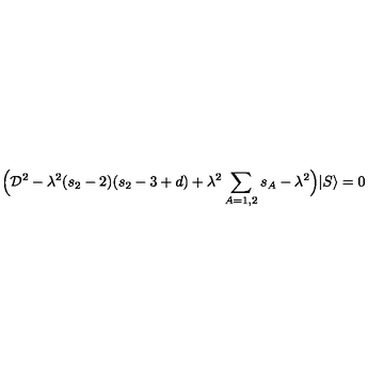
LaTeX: \Big ( { \cal D } ^ { 2 } - \lambda ^ { 2 } ( s _ { 2 } - 2 ) ( s _ { 2 } - 3 + d ) + \lambda ^ { 2 } \sum _ { A = 1 , 2 } s _ { A } - \lambda ^ { 2 } \Big ) | S \rangle = 0 \,